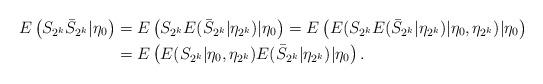
LaTeX: \begin{align*}E\left( S_{2^{k}}\bar{S}_{2^{k}}|\eta_{0}\right) & =E\left( S_{2^{k}}E(\bar{S}_{2^{k}}|\eta_{2^{k}})|\eta_{0}\right) =E\left( E(S_{2^{k}}E(\bar{S}_{2^{k}}|\eta_{2^{k}})|\eta_{0},\eta_{2^{k}})|\eta_{0}\right) \\& =E\left( E(S_{2^{k}}|\eta_{0},\eta_{2^{k}})E(\bar{S}_{2^{k}}|\eta_{2^{k}})|\eta_{0}\right) .\end{align*}